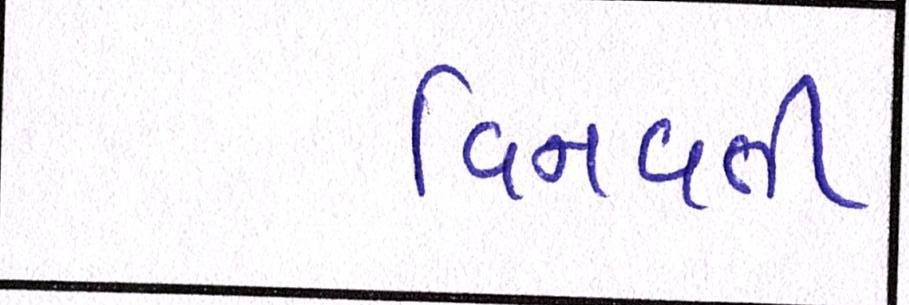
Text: વિનવતી